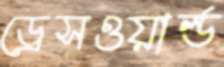
ড্রেসওয়ার্ল্ড